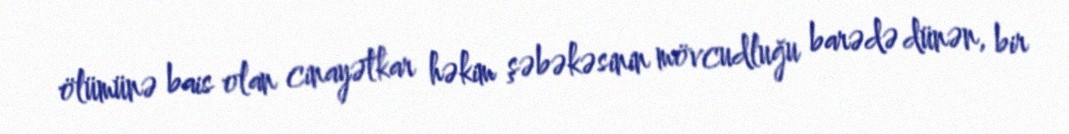
ölümünə bais olan cinayətkar həkim şəbəkəsinin mövcudluğu barədə dünən, bir